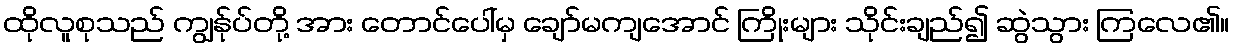
ထိုလူစုသည် ကျွန်ုပ်တို့ အား တောင်ပေါ်မှ ချော်မကျအောင် ကြိုးများ သိုင်းချည်၍ ဆွဲသွား ကြလေ၏။